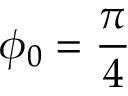
\phi _ { 0 } = \frac { \pi } { 4 }